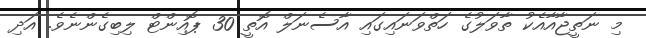
މި ނަތީޖާއާއެކު ތާވަލުގެ ހަތްވަނައިގައި އާސެނަލް އޮތީ 30 ޕޮއިންޓް ލިބިގެންނެވެ. އަދި